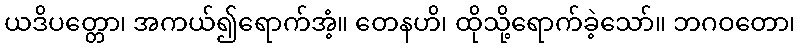
ယဒိပတ္တော၊ အကယ်၍ရောက်အံ့။ တေနဟိ၊ ထိုသို့ရောက်ခဲ့သော်။ ဘဂဝတော၊